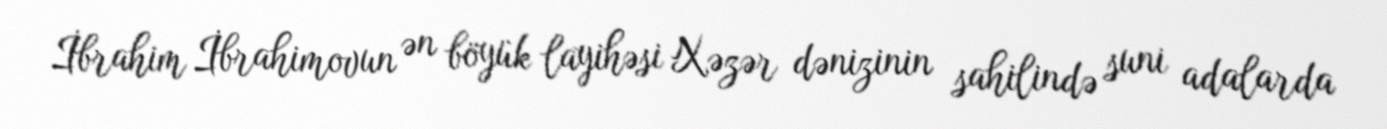
İbrahim İbrahimovun ən böyük layihəsi Xəzər dənizinin sahilində suni adalarda